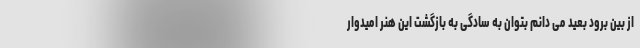
از بین برود بعید می دانم بتوان به سادگی به بازگشت این هنر امیدوار